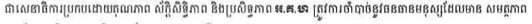
ជាសេនាធិការប្រកបដោយគុណភាព ស័ក្តិសិទិ្ធភាព និងប្រសិទ្ធភាព អ.គ.ហ ត្រូវការចាំបាច់នូវធនធានមនុស្សដែលមាន សមត្ថភាព